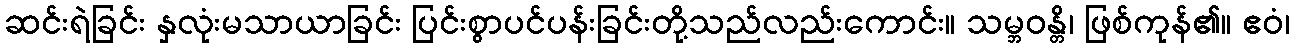
ဆင်းရဲခြင်း နှလုံးမသာယာခြင်း ပြင်းစွာပင်ပန်းခြင်းတို့သည်လည်းကောင်း။ သမ္ဘဝန္တိ၊ ဖြစ်ကုန်၏။ ဧဝံ၊